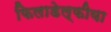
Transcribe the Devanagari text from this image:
फिलाडेल्फीया